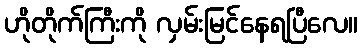
ဟိုတိုက်ကြီးကို လှမ်းမြင်နေရပြီလေ။